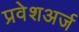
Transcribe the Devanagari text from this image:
प्रवेशअर्ज